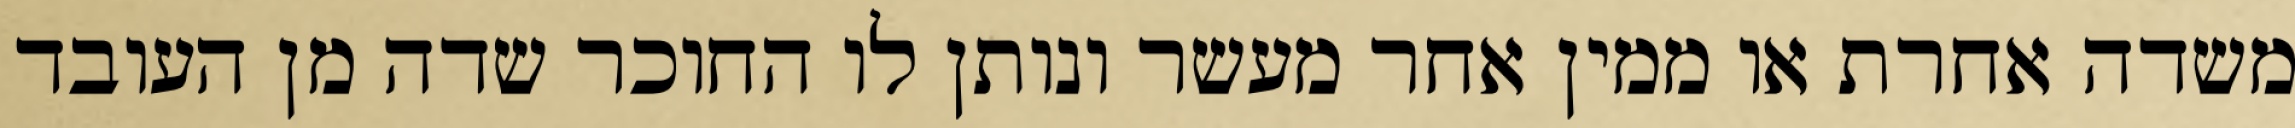
משדה אחרת או ממין אחר מעשר ונותן לו החוכר שדה מן העובד